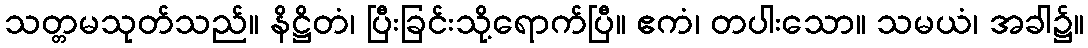
သတ္တမသုတ်သည်။ နိဋ္ဌိတံ၊ ပြီးခြင်းသို့ရောက်ပြီ။ ဧကံ၊ တပါးသော။ သမယံ၊ အခါ၌။